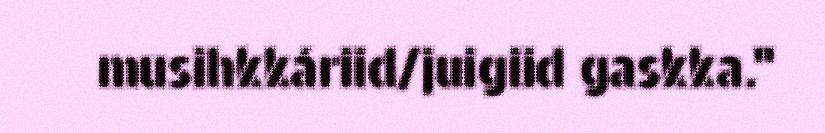
musihkkáriid/juigiid gaskka."